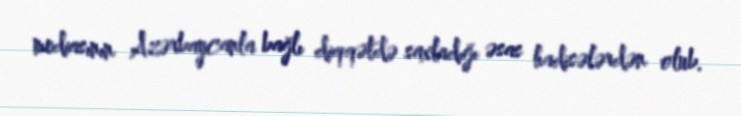
mediasının Azərbaycanla bağlı diqqətdə saxladığı əsas hadisələrdən olub.